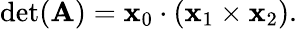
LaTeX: \operatorname*{det}(\mathbf{A})=\mathbf{x}_{0}\cdot(\mathbf{x}_{1}\times\mathbf{x}_{2}).